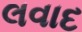
લવાદ